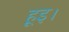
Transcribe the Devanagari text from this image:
हूइ।